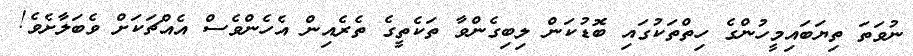
ނުވަތަ ތިޔަބައިމީހުންގެ ހިތްތަކުގައި ބޮޑުކަން ލިބިގެންވާ ތަކެތީގެ ތެރެއިން އެހެންވެސް އެއްޗަކަށް ވެބަލާށެވެ!